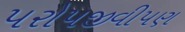
પરોપજીવીપણ